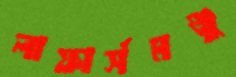
লাফার্সমঞ্জু